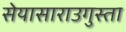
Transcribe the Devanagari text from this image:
सेयासाराउगुस्ता